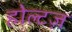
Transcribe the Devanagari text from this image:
होल्टज़